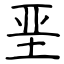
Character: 垩